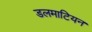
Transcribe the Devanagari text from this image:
डलमाटियन